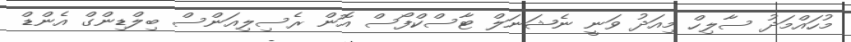
މުހައްމަދު ސާލިހް މިއަދު ވަނީ ނެޝަނަލް ޓާސްކްފޯސް އޮން ރެސިލިއަންސް ބިލްޑިންގް އެންޑް